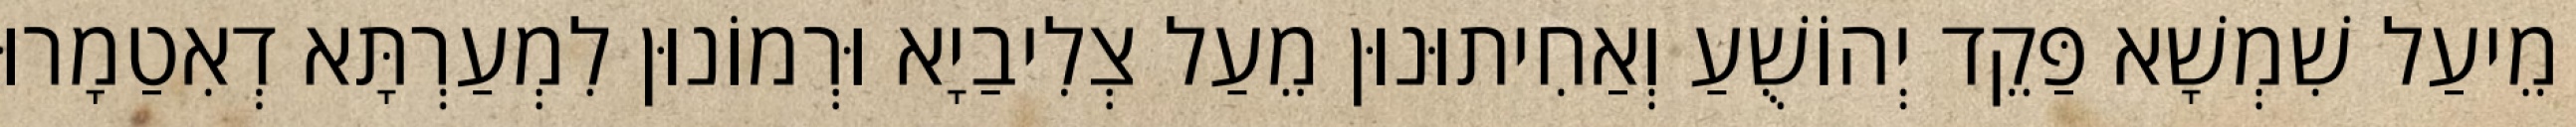
מֵיעַל שִׁמְשָׁא פַּקֵד יְהוֹשֻׁעַ וְאַחִיתוּנוּן מֵעַל צְלִיבַיָא וּרְמוֹנוּן לִמְעַרְתָּא דְאִטַמָרוּ